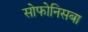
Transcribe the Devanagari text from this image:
सोफोनिसबा